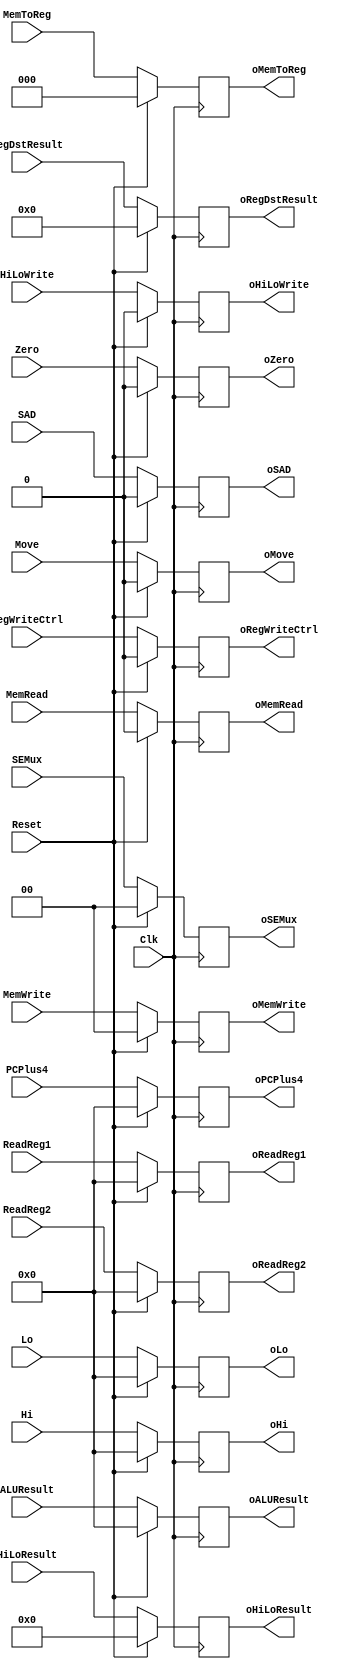
`timescale 1ns / 1ps
//////////////////////////////////////////////////////////////////////////////////
// Company: 
// Engineer: 
// 
// Design Name: 
// Module Name: REG_EX_MEM_C
// Project Name: 
// Target Devices: 
// Tool Versions: 
// Description: 
// 
// Dependencies: 
// 
// Revision:
// Revision 0.01 - File Created
// Additional Comments:
// 
//////////////////////////////////////////////////////////////////////////////////


module REG_EX_MEM_C(Clk, Reset,
                    SAD, RegWriteCtrl, Move, MemRead,
                    SEMux, MemWrite, 
                    MemToReg,
                    PCPlus4, Zero, HiLoResult, ALUResult,
                    ReadReg1, ReadReg2, RegDstResult,
                    Hi, Lo,
                    HiLoWrite,
                    
                    oSAD, oRegWriteCtrl, oMove, oMemRead,
                    oSEMux, oMemWrite, 
                    oMemToReg,
                    oPCPlus4, oZero, oHiLoResult, oALUResult,
                    oReadReg1, oReadReg2, oRegDstResult,
                    oHi, oLo,
                    oHiLoWrite);

input Clk, Reset;
input SAD, RegWriteCtrl, Move, MemRead;
input [1:0] SEMux, MemWrite;
input [2:0] MemToReg;
input [31:0] ReadReg1, ReadReg2, PCPlus4, Hi, Lo, ALUResult;
input Zero;
input [4:0] RegDstResult;
input [63:0] HiLoResult;
input HiLoWrite;

output reg oSAD, oRegWriteCtrl, oMove, oMemRead;
output reg [1:0] oSEMux, oMemWrite;
output reg [2:0] oMemToReg;
output reg [31:0] oReadReg1, oReadReg2, oPCPlus4, oHi, oLo, oALUResult;
output reg oZero;
output reg [4:0] oRegDstResult;
output reg [63:0] oHiLoResult;
output reg oHiLoWrite;

initial begin
oSAD = 0;
oRegWriteCtrl = 0; 
oMove = 0;
oMemRead = 0;
oSEMux = 0;
oMemWrite = 0;
oMemToReg = 0;
oReadReg1 = 0;
oReadReg2 = 0;
oPCPlus4 = 0;
oHi = 0;
oLo = 0;
oALUResult = 0;
oZero = 0;
oRegDstResult = 0;
oHiLoResult = 0;
oHiLoWrite = 0;
end

always @(posedge Clk) begin

    if (Reset == 1) begin
    oSAD = 0;
oRegWriteCtrl = 0; 
oMove = 0;
oMemRead = 0;
oSEMux = 0;
oMemWrite = 0;
oMemToReg = 0;
oReadReg1 = 0;
oReadReg2 = 0;
oPCPlus4 = 0;
oHi = 0;
oLo = 0;
oALUResult = 0;
oZero = 0;
oRegDstResult = 0;
oHiLoResult = 0;
oHiLoWrite = 0;
    end
    else begin
oSAD = SAD;
oRegWriteCtrl = RegWriteCtrl; 
oMove = Move;
oMemRead = MemRead;
oSEMux = SEMux;
oMemWrite = MemWrite;
oMemToReg = MemToReg;
oReadReg1 = ReadReg1;
oReadReg2 = ReadReg2;
oPCPlus4 = PCPlus4;
oHi = Hi;
oLo = Lo;
oALUResult = ALUResult;
oZero = Zero;
oRegDstResult = RegDstResult;
oHiLoResult = HiLoResult;
oHiLoWrite = HiLoWrite;
    end


end

endmodule